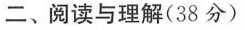
二、阅读与理解(38分)